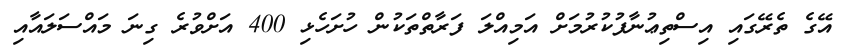
އޭގެ ތެރޭގައި އިސްތިޢުނާފުކުރުމަށް އަމިއްލަ ފަރާތްތަކުން ހުށަހެޅި 400 އަށްވުރެ ގިނަ މައްސަލައާއި